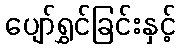
ပျော်ရွှင်ခြင်းနှင့်